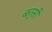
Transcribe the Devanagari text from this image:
बर्सी